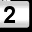
Digit: 2